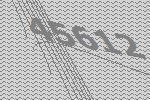
45612